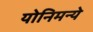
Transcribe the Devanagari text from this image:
योनिमन्ये